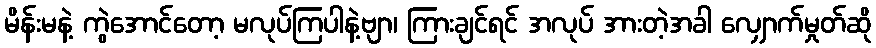
မိန်းမနဲ့ ကွဲအောင်တော့ မလုပ်ကြပါနဲ့ဗျာ၊ ကြားချင်ရင် အလုပ် အားတဲ့အခါ လျှောက်မှုတ်ဆို